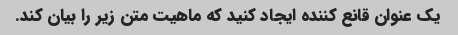
یک عنوان قانع کننده ایجاد کنید که ماهیت متن زیر را بیان کند.